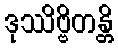
ဒုဿိဗ္ဗိတန္တိ